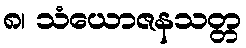
၈၊ သံယောဇနသတ္တ